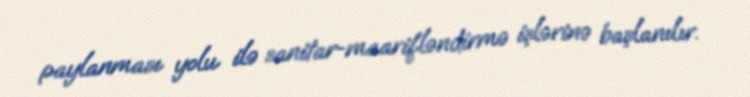
paylanması yolu ilə sanitar-maarifləndirmə işlərinə başlanılır.